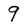
Character: 9